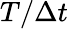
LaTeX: T/\Delta t